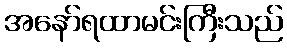
အနော်ရထာမင်းကြီးသည်